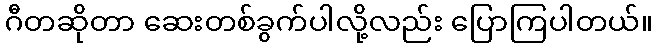
ဂီတဆိုတာ ဆေးတစ်ခွက်ပါလို့လည်း ပြောကြပါတယ်။